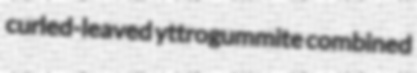
curled-leaved yttrogummite combined